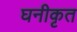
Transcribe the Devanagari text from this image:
घनीकृत